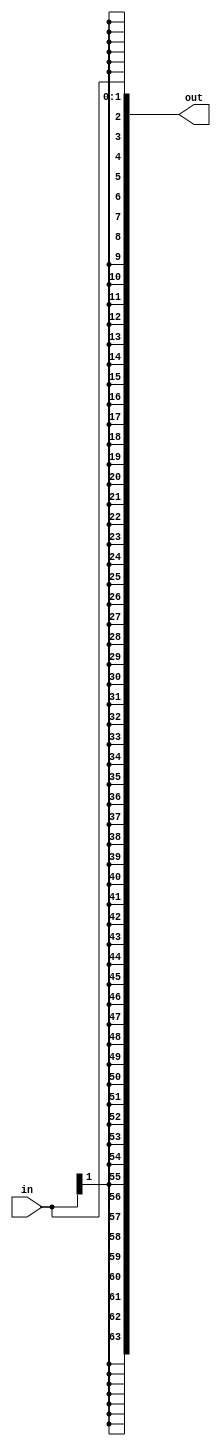
module SignExtender #(
    parameter NUM_IN_BITS  = 0,
    parameter NUM_OUT_BITS = 64
) (
    input [NUM_IN_BITS-1:0] in,
    output reg [NUM_OUT_BITS-1:0] out
);

  parameter extraBits = NUM_OUT_BITS - NUM_IN_BITS;
  always @* begin
    out <= {{extraBits{in[NUM_IN_BITS-1]}}, in};
  end
endmodule